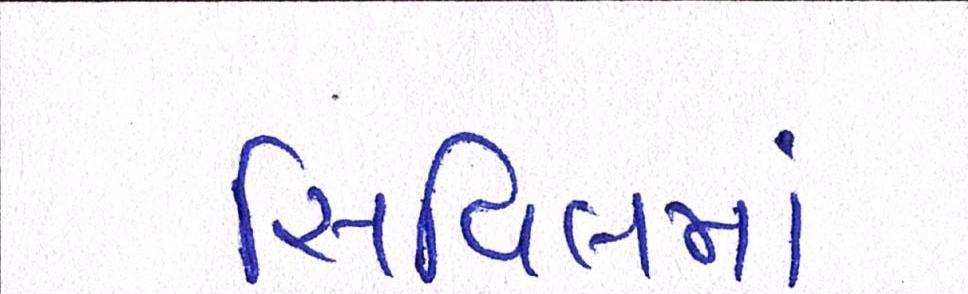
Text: સિવિલમાં